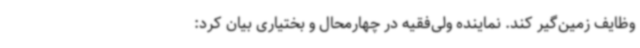
وظایف زمین‌گیر کند. نماینده ولی‌فقیه در چهارمحال و بختیاری بیان کرد: